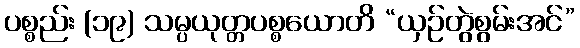
ပစ္စည်း (၁၉) သမ္ပယုတ္တပစ္စယောတိ “ယှဉ်တွဲစွမ်းအင်”